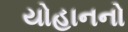
યોહાનનો